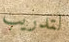
لتدريب